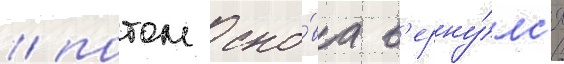
/ потом сно́ва в'ерну́лс'я